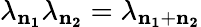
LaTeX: \lambda_{\mathbf{n_{1}}}\lambda_{\mathbf{n_{2}}}=\lambda_{\mathbf{n_{1}}+\mathbf{n_{2}}}